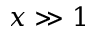
x \gg 1